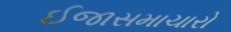
ઈજાસમાચારો